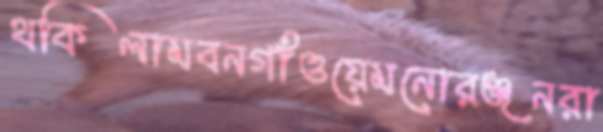
থকিলামবনগাঁওয়েমনোরঞ্জনরা